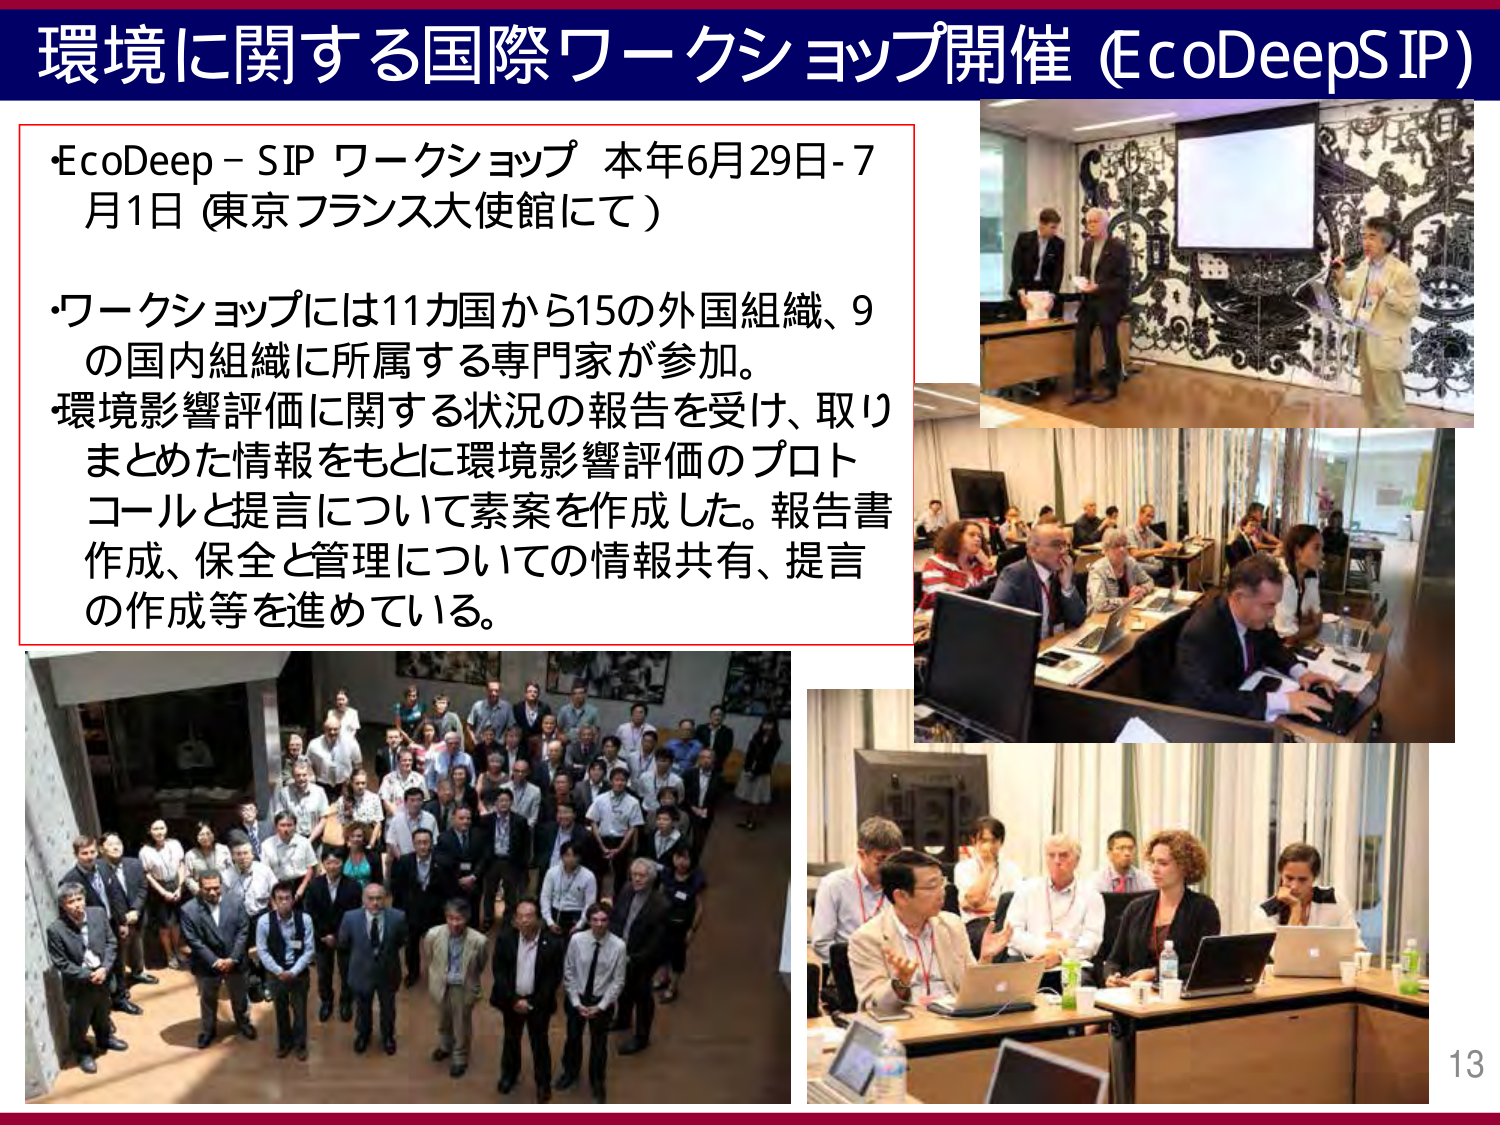
環境に関する国際ワークショップ開催 (EcoDeepS IP)

・EcoDeep - SIP ワークショップ 本年6月29日-7月1日 (東京フランス大使館にて)

・ワークショップには11カ国から15の外国組織、9の国内組織に所属する専門家が参加。
環境影響評価に関する状況の報告を受け、取りまとめた情報をもとに環境影響評価のプロトコールと提言について素案を作成した。報告書作成、保全と管理についての情報共有、提言の作成等を進めている。

13